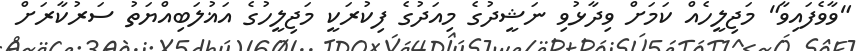
"ވާވެފައިވާ" މަޖިލީހެއް ކަމަށް ވިދާޅުވި ނަޝީދުގެ މިއަދުގެ ފިކުރަކީ މަޖިލީހުގެ އަޣުލަބިއްޔަތު ސަރުކާރަށް